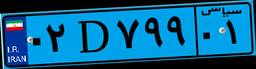
۳۳D۱۳۲۰۴